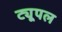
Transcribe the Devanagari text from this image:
ट्यूपल